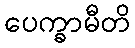
ပေက္ခာမီတိ